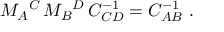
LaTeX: M _ { A } { } ^ { C } \, M _ { B } { } ^ { D } \, C _ { C D } ^ { - 1 } = C _ { A B } ^ { - 1 } \ .